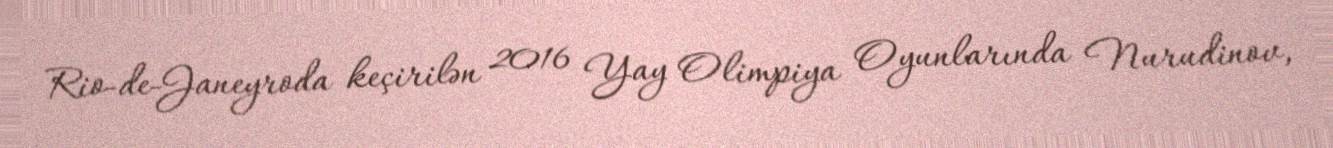
Rio-de-Janeyroda keçirilən 2016 Yay Olimpiya Oyunlarında Nurudinov,